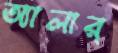
অ্যালার্